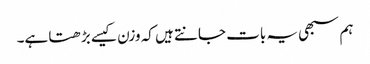
ہم سبھی یہ بات جانتے ہیں کہ وزن کیسے بڑھتا ہے۔